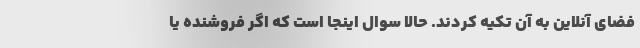
فضای آنلاین به آن تکیه کردند. حالا سوال اینجا است که اگر فروشنده یا